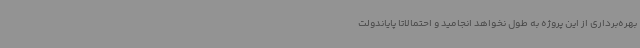
بهره‌برداری از این پروژه به طول نخواهد انجامید و احتمالاتا پایاندولت